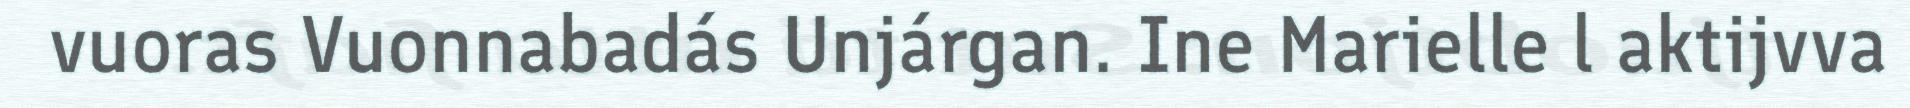
vuoras Vuonnabadás Unjárgan. Ine Marielle l aktijvva